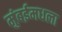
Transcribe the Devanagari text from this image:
मुंबईमधला